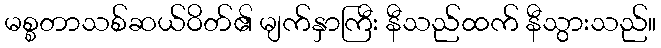
မစ္စတာသစ်ဆယ်ဝိတ်၏ မျက်နှာကြီး နီသည်ထက် နီသွားသည်။